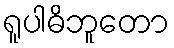
ရူပါဓိဘူတော